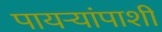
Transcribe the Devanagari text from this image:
पायऱ्यांपाशी